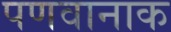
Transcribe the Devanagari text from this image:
पणवानाक